Annual report on the mental hospital in the Central Provinces and Berar (Nagpur) - 1927-1951
Year: 1927
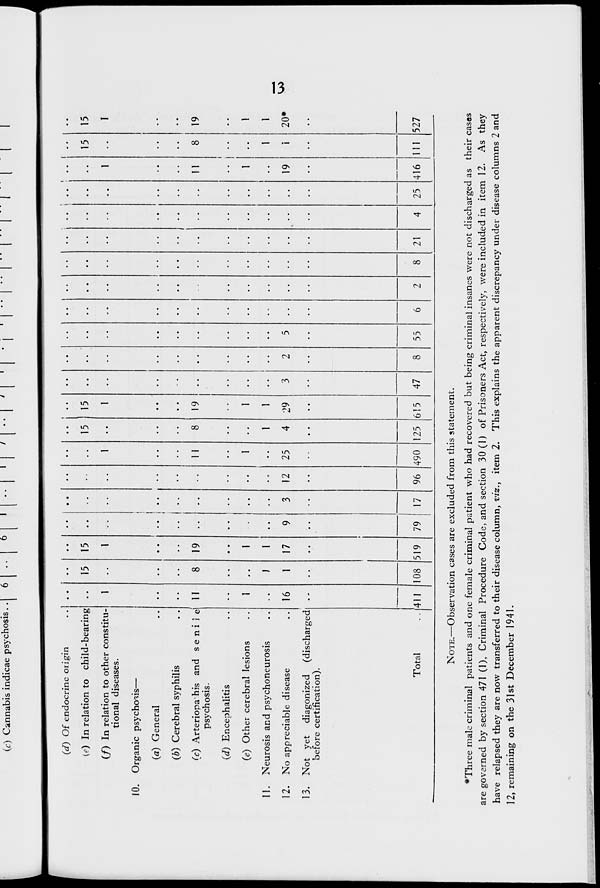
(t) Cannabis indicae psychosis. . I 6 1
I'll i
(d) Of endocrine origin
(e) In relation to child-bearing
(/) In relation to other constitu-
tional diseases.
10. Organic psychosis—
(a) General
(b) Cerebral syphilis
(c) Arteriopa his and senile
psychosis.
(d) Encephalitis
(e) Other cerebral lesions
11. Neurosis and psychoneurosis
12. No appreciable disease
13. Not yet diagonized (discharged
before certification).
i
1
11
I
16
411
15
8
f
1
108
15
1
19
1
1
17
519
9
79
!
I
•-
3
17
12
96
1
11
1
25
490
15
8
1
4
125
15
1
19
1
1
29
615
3
47
2
8
5
55
6
1
21
1
11
1
19
416
15
8
1
1
111
15
1
19
1
1
20*
Total
2
8
4 25
527
NOTE.—Observation cases are excluded from this statement.
*Three male criminal patients and one female criminal patient who had recovered but being criminal insanes were not discharged as their casas
are governed by section 471 (1), Criminal Procedure Code, and section 30(1) of Prisoners Act, respectively, were included in item 12. As they
have relapsed they are now transferred to their disease column, viz., item 2. This explains the apparent discrepancy under disease columns 2 and
12, remaining on the 31st December 1941.
VJO